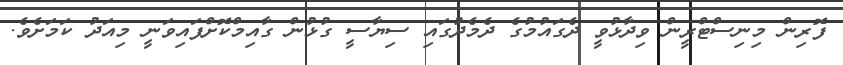
ފޮރިން މިނިސްޓްރީން ވިދާޅުވީ ދެގައުމުގެ ދެމެދުގައި ސިޔާސީ ގުޅުން ގާއިމްކޮށްފައިވަނީ މިއަދު ކަމަށެވެ.